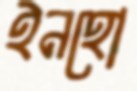
ইনহো